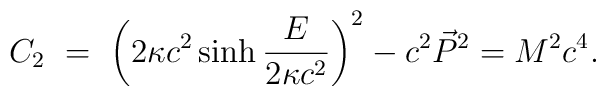
C_2 \ = \ \left(2\kappa c^2\sinh \frac{E}{2\kappa c^2} \right)^2 -c^2\vec P^2 = M^2 c^4 .